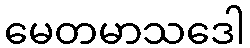
မေတမာသဒေါ